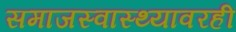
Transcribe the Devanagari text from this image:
समाजस्वास्थ्यावरही